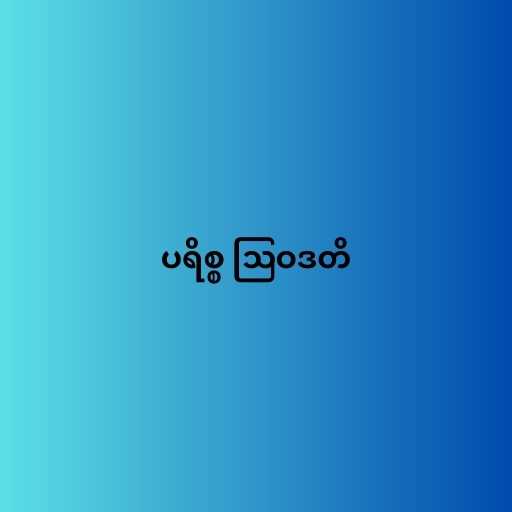
ပရိစ္စ ဩဝဒတိ